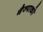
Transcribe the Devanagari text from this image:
गैज्पाको